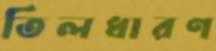
তিলধারণ